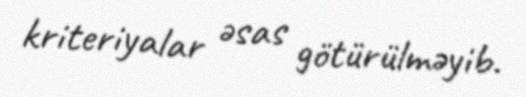
kriteriyalar əsas götürülməyib.